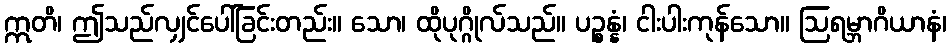
ဣတိ၊ ဤသည်လျှင်ပေါ်ခြင်းတည်း။ သော၊ ထိုပုဂ္ဂိုလ်သည်။ ပဉ္စန္နံ၊ ငါးပါးကုန်သော။ ဩရမ္ဘာဂိယာနံ၊